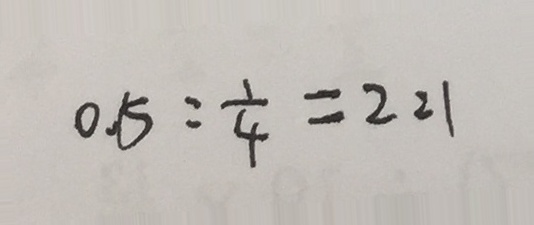
0 . 5 : \frac { 1 } { 4 } = 2 : 1